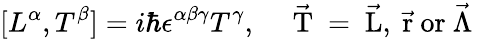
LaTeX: [L^{\alpha},T^{\beta}]=i\hbar\epsilon^{\alpha\beta\gamma}T^{\gamma},\quad\mathrm{~\vec{T}~=~\vec{L},~\vec{r}~or~\vec{\Lambda}~}